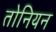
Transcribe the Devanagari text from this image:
तोनियन